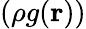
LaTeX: (\rho g({\mathbf r}))